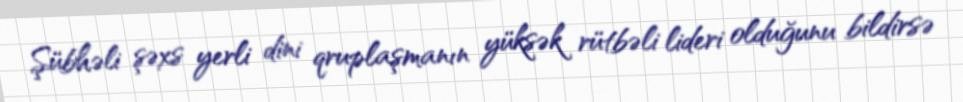
Şübhəli şəxs yerli dini qruplaşmanın yüksək rütbəli lideri olduğunu bildirsə